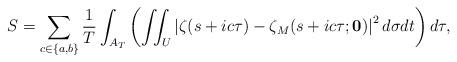
LaTeX: \begin{align*}S = \sum_{c\in\{a,b\}}\frac{1}{T}\int_{A_T}\left(\iint_U \left|\zeta(s+ic\tau)-\zeta_M(s+ic\tau;\mathbf{0})\right|^2 d\sigma dt\right)d\tau,\end{align*}